Annual report on the working of the lock hospitals in the Central Provinces
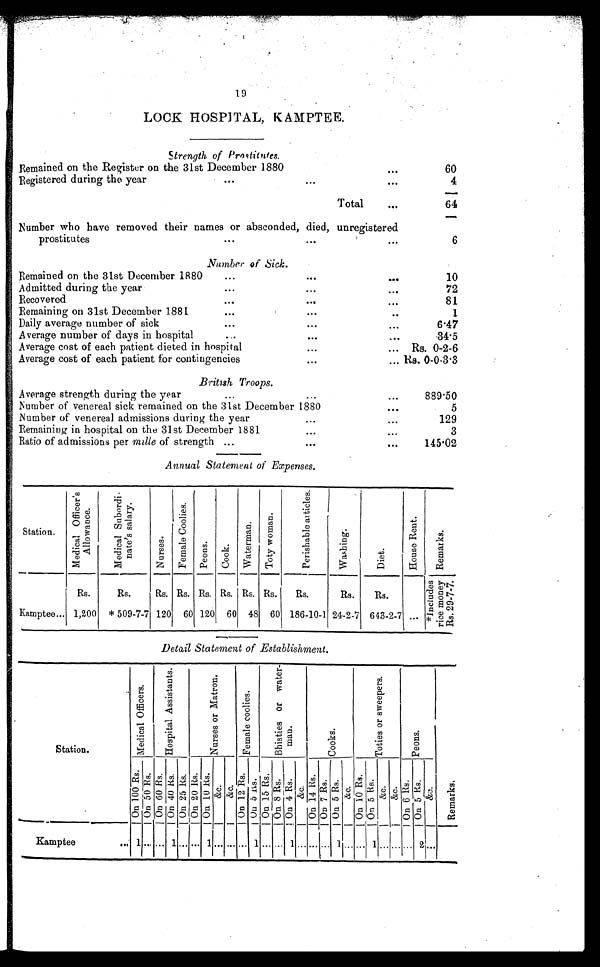
19
LOCK HOSPITAL, KAMPTEE.
Strength of Prostitutes.
Remained on the Register on the 31st December 1880...
60
Registered during the year
...
...
...
4
Total
...
64
Number who have removed their names or absconded, died, unregistered
prostitutes
...
...
...
6
Number of Sick.
Remained on the 31st December 1880
...
...
10
Admitted during the year
...
....
72
Recovered
...
...
...
81
Remaining on 31st December 1881
...
...
..
1
Daily average number of sick
...
...
...
6.47
Average number of days in hospital
. . ... ...
34.5
Average cost of each patient dieted in hospital
...
...
Rs. 0-2-6
Average cost of each patient for contingencies
...
... Rs. 0-0-3.3
British Troops.
Average strength during the year
...
...
...
889.50
Number of venereal sick remained on the 31st December 1880...
5
Number of venereal admissions during the year...
...
1 2 9
Remaining in hospital on the 31st December 1881...
...
3
Ratio of admissions per mille of strength ...
...
...
145.02
Annual Statement of Expenses.
Station.
M e d i c a l O f f i c e r ' s A l l o w a n c e .
M e d i c a l S u b o r d i - n a t e ' s s a l a r y .
N u r s e s .
F e m a l e C o o l i e s .
P e o n s .
Cook.
Wa t e r ma n .
T o t y w o m a n .
P e r i s h a b l e a r t i c l e s .
Wa s h i n g .
D i e t .
H o u s e R e n t .
R e m a r k s .
Rs.
Rs.
Rs. Rs. Rs. Rs. Rs. Rs.
Rs.
Rs.
Rs.
* I n c l u d e s r i c e m o n e y R s . 2 9 - 7 - 7 .
Kamptee... 1,200 * 509-7-7 120 60 120 60 48 60 186-10-1 24-2-7 643-2-7 ...
Detail Statement of Establishment.
Station.
M e d i c a l O f f i c e r ' s .
H o s p i t a l A s s i s t a n t s .
N u r s e s o r M a t r o n .
F e m a l e C o o l i e s .
B h i s t i e s o r w a t e r - m a n .
C o o k s .
T o t i e s o r s w e e p e r s
P e o n s .
On 100 Rs .
On 50 Rs.
On 60 Rs.
On 40 Rs. On 25 Rs.On 20 Rs. On 10 Rs.
&c. &c.
On 1 2 Rs .
On 5 Rs . On 1 5 Rs .
On 8 Rs.
On 4 Rs .
&c.
On 1 4 Rs .
On 7 Rs.
On 5 Rs .
&c.
On 1 0 Rs .
On 5 Rs.
&c.
&c. O n 6 R s .
On 5 Rs .
&c.
R e m a r k s .
K a m p t e e . . .
1 ... ... 1
...
... 1 ... ... ... 1 ... ...
1 ...
...
...
1 ... ... 1 ... ... ... 2 ...